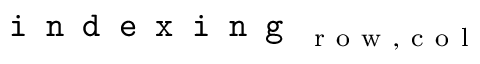
\texttt { i n d e x i n g } _ { \mathrm { ~ r ~ o ~ w ~ } , \mathrm { ~ c ~ o ~ l ~ } }